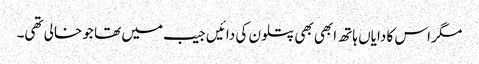
مگر اس کا دایاں ہاتھ ابھی بھی پتلون کی دائیں جیب میں تھا جو خالی تھی۔